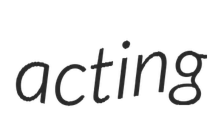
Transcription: acting